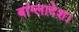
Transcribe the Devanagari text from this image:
बांग्‍लादेश।